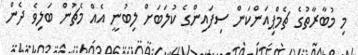
މި މުބާރާތުގެ ޗެމްޕިއަންކަން ސިފައިންގެ ކުލަބަށް ލިބުނީ އެއް މެޗުން ބަލިވެ ދެން